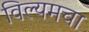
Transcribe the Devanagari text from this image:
विल्यमचा